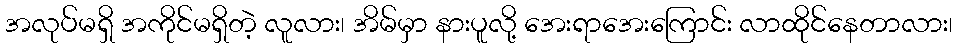
အလုပ်မရှိ အကိုင်မရှိတဲ့ လူလား၊ အိမ်မှာ နားပူလို့ အေးရာအေးကြောင်း လာထိုင်နေတာလား၊